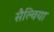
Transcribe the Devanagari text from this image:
सैल्विया